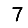
Digit: 7